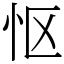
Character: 怄